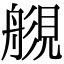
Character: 𧡬